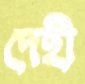
দেহী